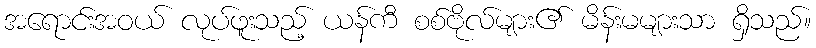
အရောင်းအဝယ် လုပ်ဖူးသည့် ယန်ကီ စစ်ဗိုလ်များ၏ မိန်းမများသာ ရှိသည်။